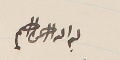
بسم الله الرحمن الرحيم